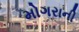
મોગરાની